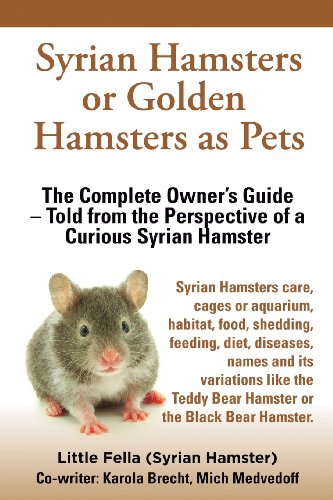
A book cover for Syrian Hamsters or Golden Hamsters as Pets: Care, cages or aquarium, food, habitat, shedding, feeding, diet, diseases, toys, names, all ... the perspective of a curious Syrian Hamster; Little Fella; Crafts, Hobbies & Home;